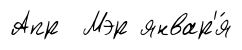
Апр Мэр январ'я́